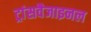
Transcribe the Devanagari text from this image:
ट्रांसवैजाइनल